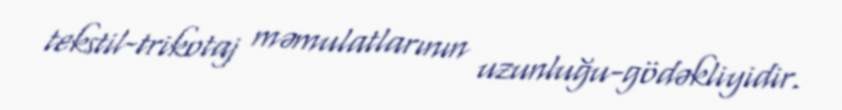
tekstil-trikotaj məmulatlarının uzunluğu-gödəkliyidir.